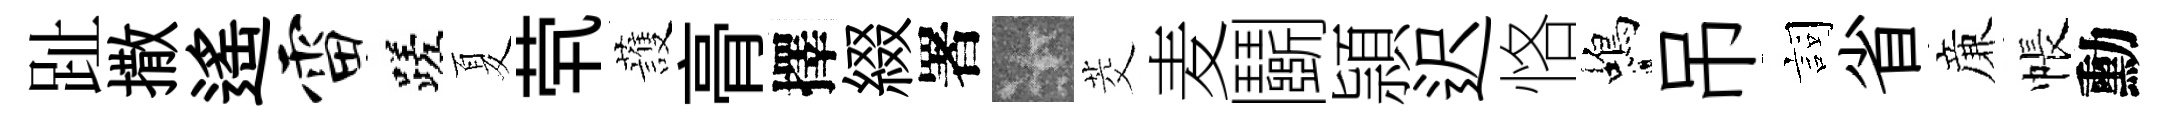
趾撒遥雷蹉夏茕䕶𮌔擇綴署卡茭麦鬬頴迟恪蝎吊詞省亷帳勳